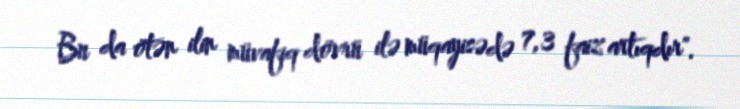
Bu da ötən ilin müvafiq dövrü ilə müqayisədə 7,3 faiz artıqdır".